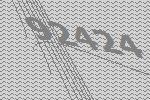
92424